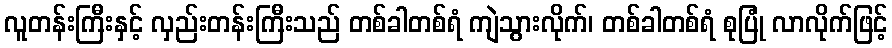
လူတန်းကြီးနှင့် လှည်းတန်းကြီးသည် တစ်ခါတစ်ရံ ကျဲသွားလိုက်၊ တစ်ခါတစ်ရံ စုပြုံ လာလိုက်ဖြင့်